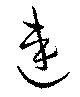
連